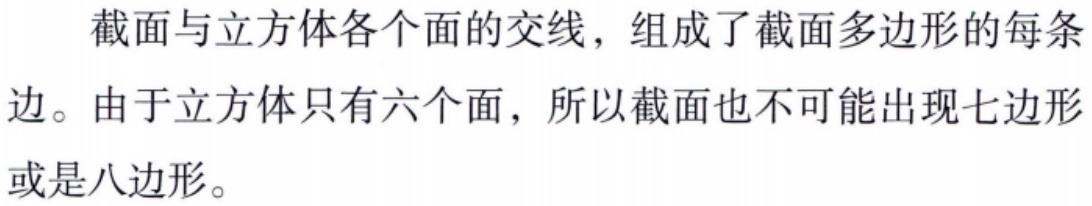
截面与立方体各个面的交线，组成了截面多边形的每条边。由于立方体只有六个面，所以截面也不可能出现七边形或是八边形。